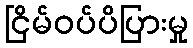
ငြိမ်ဝပ်ပိပြားမှု